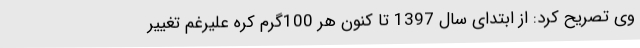
وی تصریح کرد: از ابتدای سال 1397 تا کنون هر 100گرم کره علیرغم تغییر